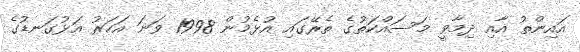
އައިންތު އާއި ދިމާވީ މަސައްކަތުގެ ތެރޭގައި އުޅެމުން 1998 ވަނަ އަހަރު އަޅުގަނޑުގެ